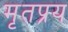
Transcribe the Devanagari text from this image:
मृतप्रय